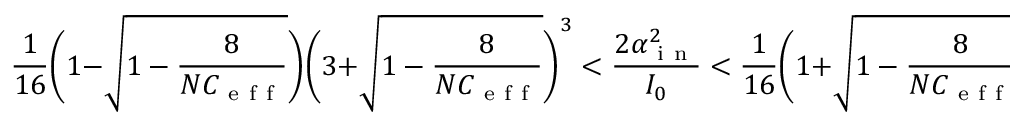
\frac { 1 } { 1 6 } \Bigg ( 1 - \sqrt { 1 - \frac { 8 } { N C _ { \mathrm { ~ e ~ f ~ f ~ } } } } \Bigg ) \Bigg ( 3 + \sqrt { 1 - \frac { 8 } { N C _ { \mathrm { ~ e ~ f ~ f ~ } } } } \Bigg ) ^ { 3 } < \frac { 2 \alpha _ { \mathrm { ~ i ~ n ~ } } ^ { 2 } } { I _ { 0 } } < \frac { 1 } { 1 6 } \Bigg ( 1 + \sqrt { 1 - \frac { 8 } { N C _ { \mathrm { ~ e ~ f ~ f ~ } } } } \Bigg ) \Bigg ( 3 - \sqrt { 1 - \frac { 8 } { N C _ { \mathrm { ~ e ~ f ~ f ~ } } } } \Bigg ) ^ { 3 }